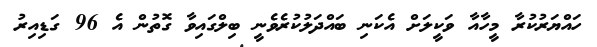
ހައްޔަރުކުރާ މީހާއާ ވަކީލަށް އެކަނި ބައްދަލުކުރެވެނީ ބިލްގައިވާ ގޮތުން އެ 96 ގަޑިއިރު